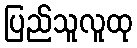
ပြည်သူလူထု